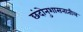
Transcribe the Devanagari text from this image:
छंदोनुशासनातील